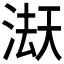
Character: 𭱇